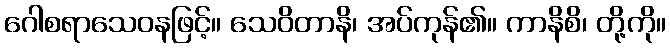
ဂေါစရာသေဝနဖြင့်။ သေဝိတာနိ၊ အပ်ကုန်၏။ ကာနိစိ၊ တို့ကို။